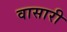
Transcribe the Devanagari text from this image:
वासारी